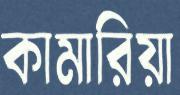
কামারিয়া